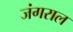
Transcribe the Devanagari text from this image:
जंगराल